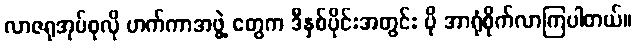
လာဇရုအုပ်စုလို ဟက်ကာအဖွဲ့ တွေက ဒီနှစ်ပိုင်းအတွင်း ပို အာရုံစိုက်လာကြပါတယ်။